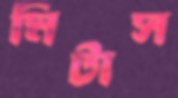
মিটাস